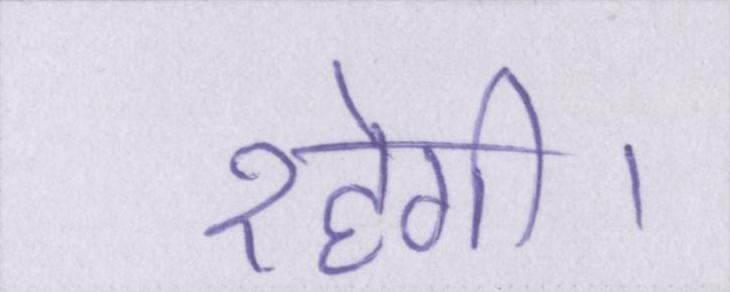
रहेगी।